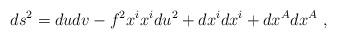
LaTeX: \begin{align*}ds^2 = du dv - f^2 x^i x^i d u^2 + d x^i d x^i + d x^A d x^A ~,\end{align*}